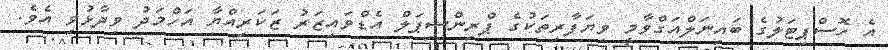
އެ ހޮސްޕިޓަލުގެ ބައިނަލްއަގްވާމީ ވިޔަފާރިތަކުގެ ޕްރިންސިޕަލް އެޑްވައިޒަރު ޒަކަރިއްޔާ އަހްމަދު ވިދާޅުވި އެވެ.